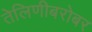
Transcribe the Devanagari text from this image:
तेलिणीबरोबर